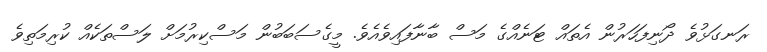
ރަނގަޅުވެ ދޯނިފަހަރުން އެތައް ޓަނެއްގެ މަސް ބާނާފައިވެއެވެ. މީގެސަބަބުން މަސްކިރުމަށް ލަސްތަކެއް ކުރިމަތިވެ